Report of the Indian Hemp Drugs Commission, 1894-1895 - Volume I
Year: 1894
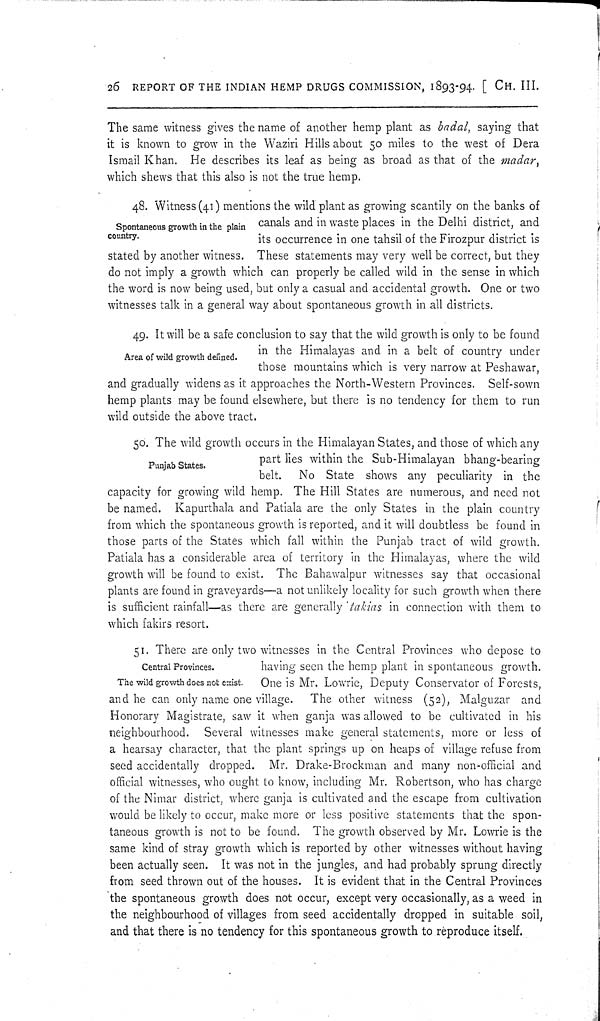
26 REPORT OF THE INDIAN HEMP DRUGS COMMISSION, 1893-94. [CH. III.
The same witness gives the name of another hemp plant as badal, saying that
it is known to grow in the Waziri Hills about 50 miles to the west of Dera
Ismail Khan. He describes its leaf as being as broad as that of the madar,
which shews that this also is not the true hemp.
Spontaneous growth in the plain
country.
48. Witness (41) mentions the wild plant as growing scantily on the banks of
canals and in waste places in the Delhi district, and
its occurrence in one tahsil of the Firozpur district is
stated by another witness. These statements may very well be correct, but they
do not imply a growth which can properly be called wild in the sense in which
the word is now being used, but only a casual and accidental growth. One or two
witnesses talk in a general way about spontaneous growth in all districts.
Area of wild growth defined.
49. It will be a safe conclusion to say that the wild growth is only to be found
in the Himalayas and in a belt of country under
those mountains which is very narrow at Peshawar,
and gradually widens as it approaches the North-Western Provinces. Self-sown
hemp plants may be found elsewhere, but there is no tendency for them to run
wild outside the above tract.
Punjab States.
50. The wild growth occurs in the Himalayan States, and those of which any
part lies within the Sub-Himalayan bhang-bearing
belt.
No State shows any peculiarity in the
capacity for growing wild hemp. The Hill States are numerous, and need not
be named. Kapurthala and Patiala are the only States in the plain country
from which the spontaneous growth is reported, and it will doubtless be found in
those parts of the States which fall within the Punjab tract of wild growth.
Patiala has a considerable area of territory in the Himalayas, where the wild
growth will be found to exist. The Bahawalpur witnesses say that occasional
plants are found in graveyards—a not unlikely locality for such growth when there
is sufficient rainfall—as there are generally takias in connection with them to
which fakirs resort.
Central Provinces.
The wild growth does not exist.
51. There are only two witnesses in the Central Provinces who depose to
having seen the hemp plant in spontaneous growth.
One is Mr. Lowrie, Deputy Conservator of Forests,
and he can only name one village.
The other witness (52), Malguzar and
Honorary Magistrate, saw it when ganja was allowed to be cultivated in his
neighbourhood. Several witnesses make general statements, more or less of
a hearsay character, that the plant springs up on heaps of village refuse from
seed accidentally dropped. Mr. Drake-Brockman and many non-official and
official witnesses, who ought to know, including Mr. Robertson, who has charge
of the Nimar district, where ganja is cultivated and the escape from cultivation
would be likely to occur, make more or less positive statements that the spon-
taneous growth is not to be found. The growth observed by Mr. Lowrie is the
same kind of stray growth which is reported by other witnesses without having
been actually seen. It was not in the jungles, and had probably sprung directly
from seed thrown out of the houses. It is evident that in the Central Provinces
the spontaneous growth does not occur, except very occasionally, as a weed in
the neighbourhood of villages from seed accidentally dropped in suitable soil,
and that there is no tendency for this spontaneous growth to reproduce itself.